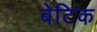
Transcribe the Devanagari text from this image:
बेटिक